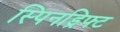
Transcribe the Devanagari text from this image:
स्पिनड्रिफ्ट